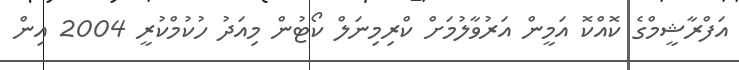
އަފްރާޝީމްގެ ކޮއްކޮ އަމީން އަރުވާލުމަށް ކްރިމިނަލް ކޯޓުން މިއަދު ހުކުމްކުރީ 2004 އިން